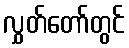
လွှတ်တော်တွင်